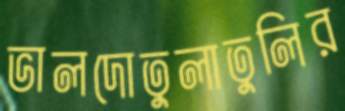
ভালদোতুলাতুলির